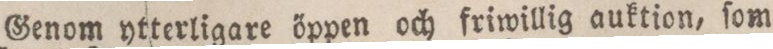
Genom ytterligare öppen och friwillig auktion, ſom